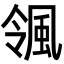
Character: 𮨨